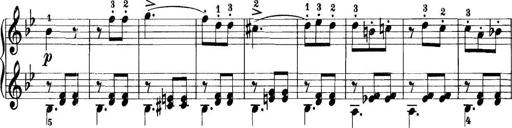
Title: 11 Sonatinas
Composer: Anton Diabelli